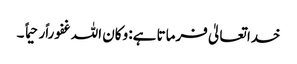
خدا تعالیٰ فرماتا ہے: وکان اللہ غفوراًرحیما ً ۔